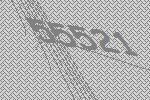
55521